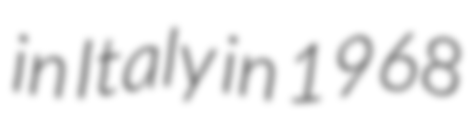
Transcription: in Italy in 1968